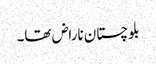
بلوچستان ناراض تھا۔